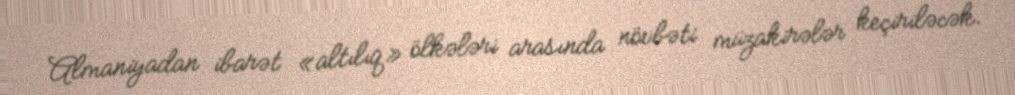
Almaniyadan ibarət «altılıq» ölkələri arasında növbəti müzakirələr keçiriləcək.